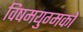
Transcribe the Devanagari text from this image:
विषमयुग्मकों